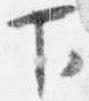
下